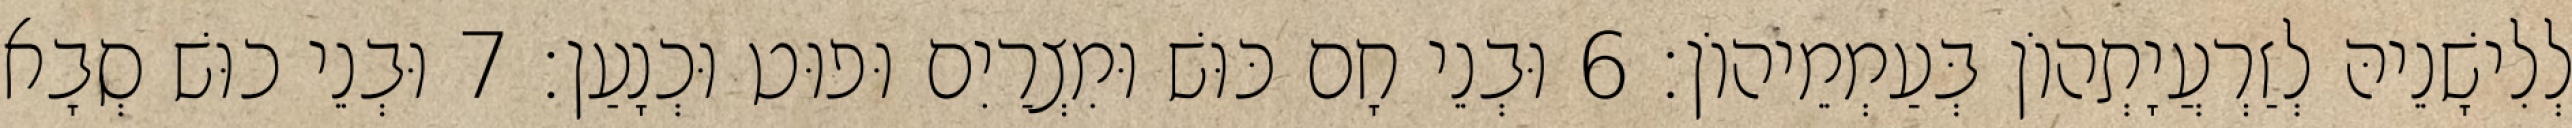
לְלִישָׁנֵיהּ לְזַרְעֲיָתְהוֹן בְּעַמְמֵיהוֹן׃ 6 וּבְנֵי חָם כּוּשׁ וּמִצְרַיִם וּפוּט וּכְנָעַן׃ 7 וּבְנֵי כוּשׁ סְבָא